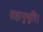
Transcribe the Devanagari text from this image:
सहानुभूति।